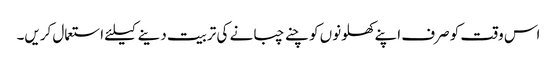
اس وقت کو صرف اپنے کھلونوں کو چنے چبانے کی تربیت دینے کیلئے استعمال کریں۔